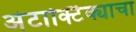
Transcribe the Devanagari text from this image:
अंटार्क्टिक्याचा